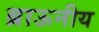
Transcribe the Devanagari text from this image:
ब्राऊनीय